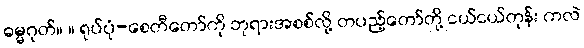
ဓမ္မဂုတ်။ ။ ရုပ်ပုံ-စေတီတော်ကို ဘုရားအစစ်လို့ တပည့်တော်တို့ ငယ်ငယ်တုန်း ကလဲ